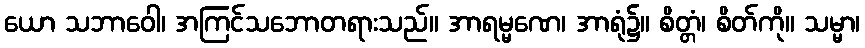
ယော သဘာဝေါ၊ အကြင်သဘောတရားသည်။ အာရမ္မဏေ၊ အာရုံ၌။ စိတ္တံ၊ စိတ်ကို။ သမ္မာ၊